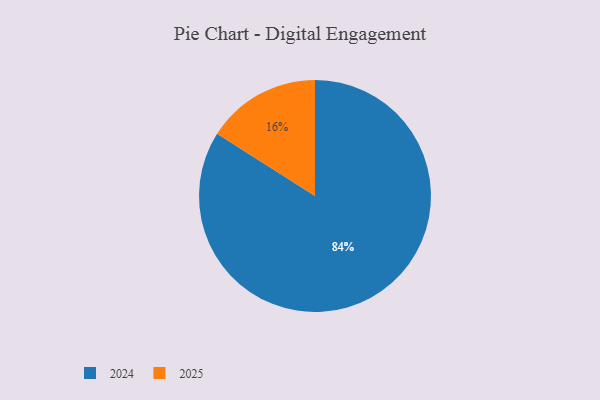
{"axis": {"x": "Category", "y": "Percentage"}, "legend": ["2024", "2025"], "data": [{"x": "2024", "y": 84, "type": "2024"}, {"x": "2025", "y": 16, "type": "2025"}]}